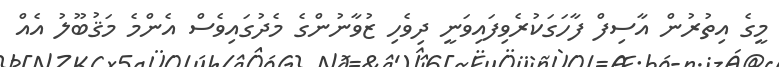
މީގެ އިތުރުން އާސިފް ފާހަގަކުރެވިފައިވަނީ ދިވެހި ޒުވާނުންގެ މެދުގައިވެސް އެންމެ މަޤުބޫލު އެއް